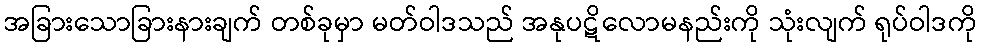
အခြားသောခြားနားချက် တစ်ခုမှာ မတ်ဝါဒသည် အနုပဋိလောမနည်းကို သုံးလျက် ရုပ်ဝါဒကို